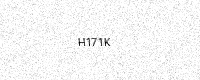
Text: H171K